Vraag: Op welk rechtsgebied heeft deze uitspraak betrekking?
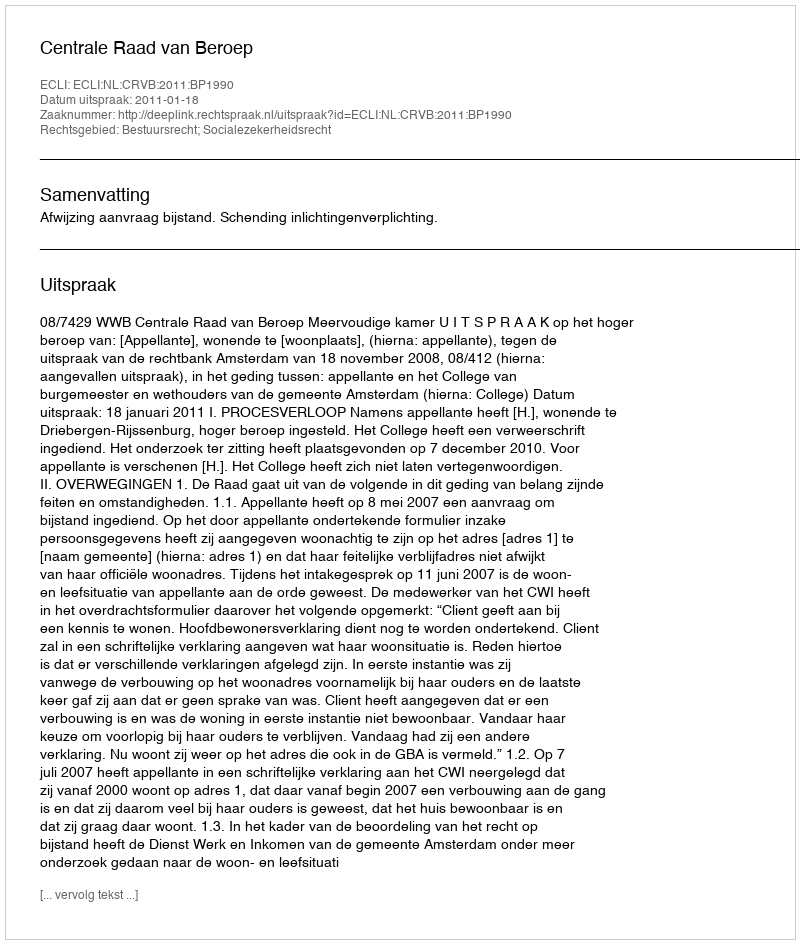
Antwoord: Bestuursrecht; Socialezekerheidsrecht